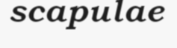
scapulae